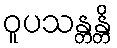
ဝူပသန္တန္တိ